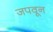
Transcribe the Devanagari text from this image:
जपवून